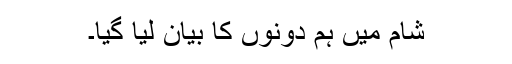
شام میں ہم دونوں کا بیان لیا گیا۔